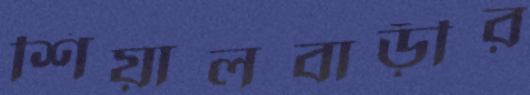
শিয়ালবাড়ীর